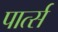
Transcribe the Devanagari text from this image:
पार्त्स